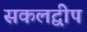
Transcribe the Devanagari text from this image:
सकलद्वीप